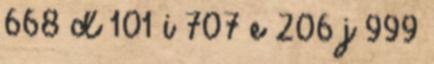
668 d 101 i 707 e 206 j 999